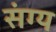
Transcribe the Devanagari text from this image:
संग्य